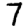
Digit: 7